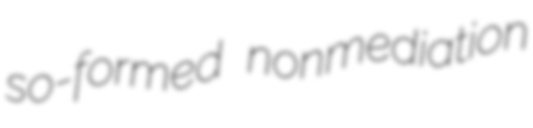
so-formed nonmediation